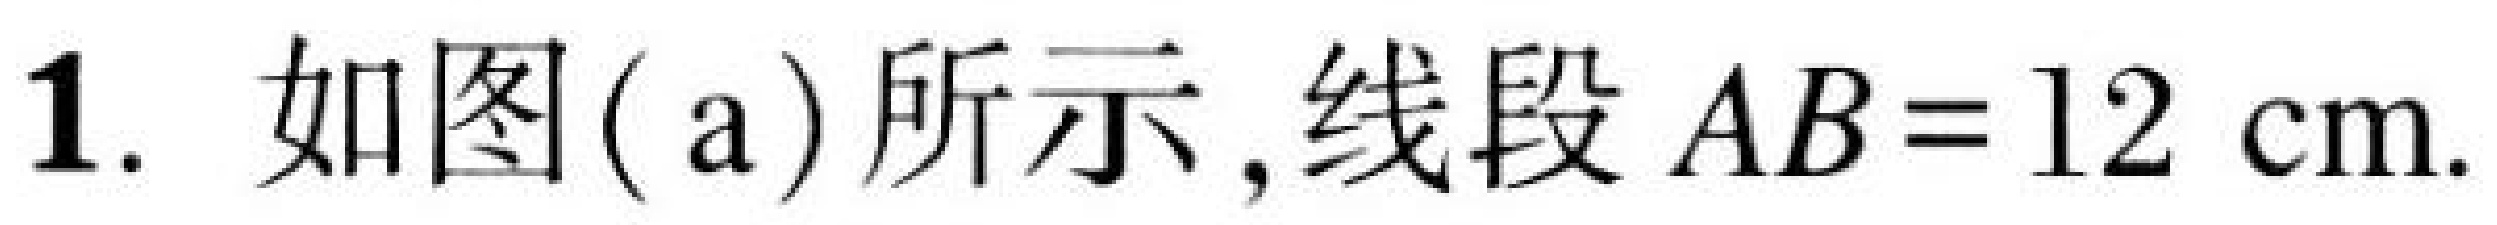
1. 如图(a) 所示，线段 \(AB = 12\mathrm{cm}\).